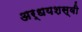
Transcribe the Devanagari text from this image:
अर्धयशस्वी